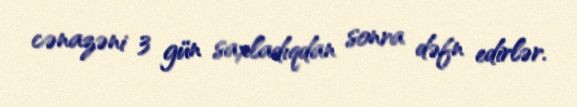
cənazəni 3 gün saxladıqdan sonra dəfn edirlər.